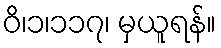
ဝိ၊၁၊၁၁၇၊ မှယူရန်။